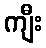
ကျီး